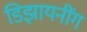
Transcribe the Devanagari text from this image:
डिझायनींग